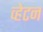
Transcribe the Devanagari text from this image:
व्हेटन